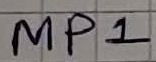
Text: MP1